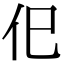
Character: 㐶